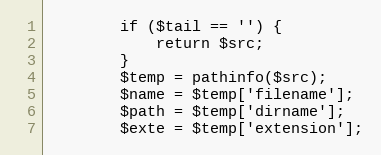
Language: PHP
        if ($tail == '') {
            return $src;
        }
        $temp = pathinfo($src);
        $name = $temp['filename'];
        $path = $temp['dirname'];
        $exte = $temp['extension'];